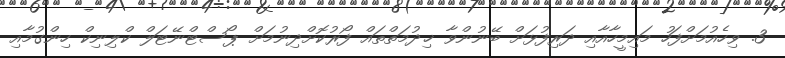
3. ވިހެއުމަށްފަހު މައިމީހާއާއި ދަރިފުޅަށް ބޭނުންވާ ޚިދުމަތްތައް ފޯރުކޮށްދިނުމަށް ޕޯސްޓްނޭޓަލް ކްލިނިކް ހިންގުމާއި